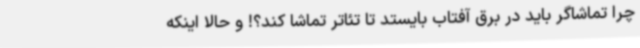
چرا تماشاگر باید در برق آفتاب بایستد تا تئاتر تماشا کند؟! و حالا اینکه